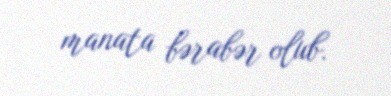
manata bərabər olub.